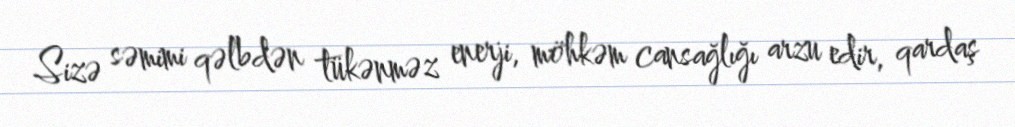
Sizə səmimi qəlbdən tükənməz enerji, möhkəm cansağlığı arzu edir, qardaş